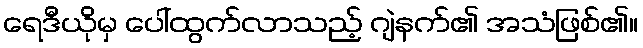
ရေဒီယိုမှ ပေါ်ထွက်လာသည့် ဂျဲနက်၏ အသံဖြစ်၏။